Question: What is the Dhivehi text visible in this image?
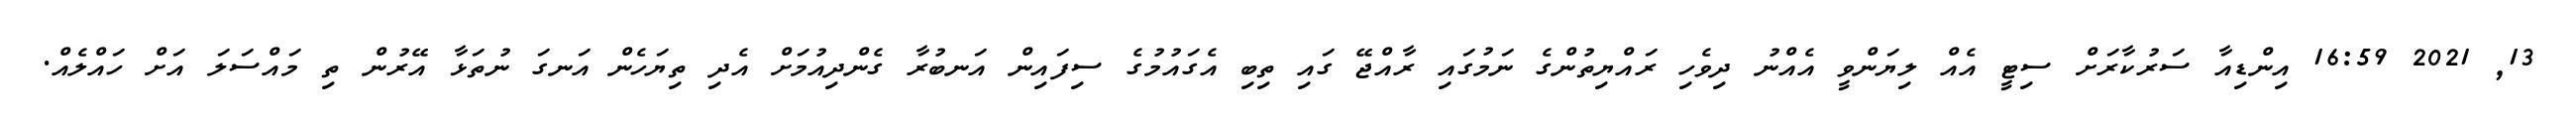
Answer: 13, 2021 16:59 އިންޑިއާ ސަރުކާރަށް ސިޓީ އެއް ލިޔަންވީ އެއްނު ދިވެހި ރައްޔިތުންގެ ނަމުގައި ރާއްޖޭ ގައި ތިބި އެގައުމުގެ ސިފައިން އަނބުރާ ގެންދިއުމަށް އެދި ތިޔަހެން އަނގަ ނުތަޅާ އޭރުން ތި މައްސަލަ އަށް ހައްލެއް.